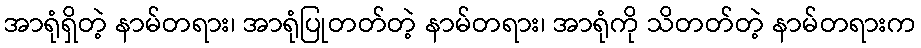
အာရုံရှိတဲ့ နာမ်တရား၊ အာရုံပြုတတ်တဲ့ နာမ်တရား၊ အာရုံကို သိတတ်တဲ့ နာမ်တရားက